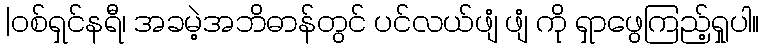
|ဝစ်ရှင်နရီ၊ အခမဲ့အဘိဓာန်တွင် ပင်လယ်ဖျံ ဖျံ ကို ရှာဖွေကြည့်ရှုပါ။